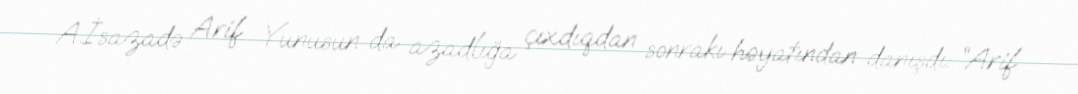
A.İsazadə Arif Yunusun da azadlığa çıxdıqdan sonrakı həyatından danışdı: “Arif